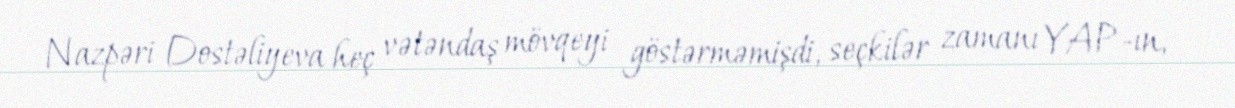
Nazpəri Dostəliyeva heç vətəndaş mövqeyi göstərməmişdi, seçkilər zamanı YAP-ın,